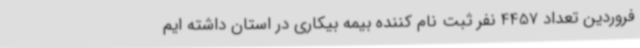
فروردین تعداد 4457 نفر ثبت نام کننده بیمه بیکاری در استان داشته ایم